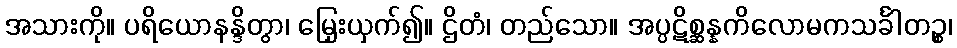
အသားကို။ ပရိယောနန္ဒိတွာ၊ မြှေးယှက်၍။ ဌိတံ၊ တည်သော။ အပ္ပဋိစ္ဆန္နကိလောမကသင်္ခါတဉ္စ၊